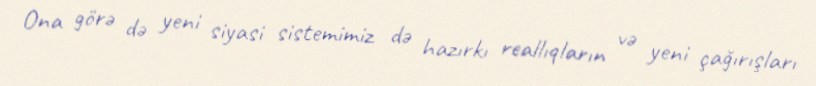
Ona görə də yeni siyasi sistemimiz də hazırkı reallıqların və yeni çağırışları